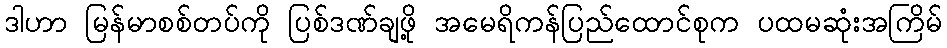
ဒါဟာ မြန်မာစစ်တပ်ကို ပြစ်ဒဏ်ချဖို့ အမေရိကန်ပြည်ထောင်စုက ပထမဆုံးအကြိမ်